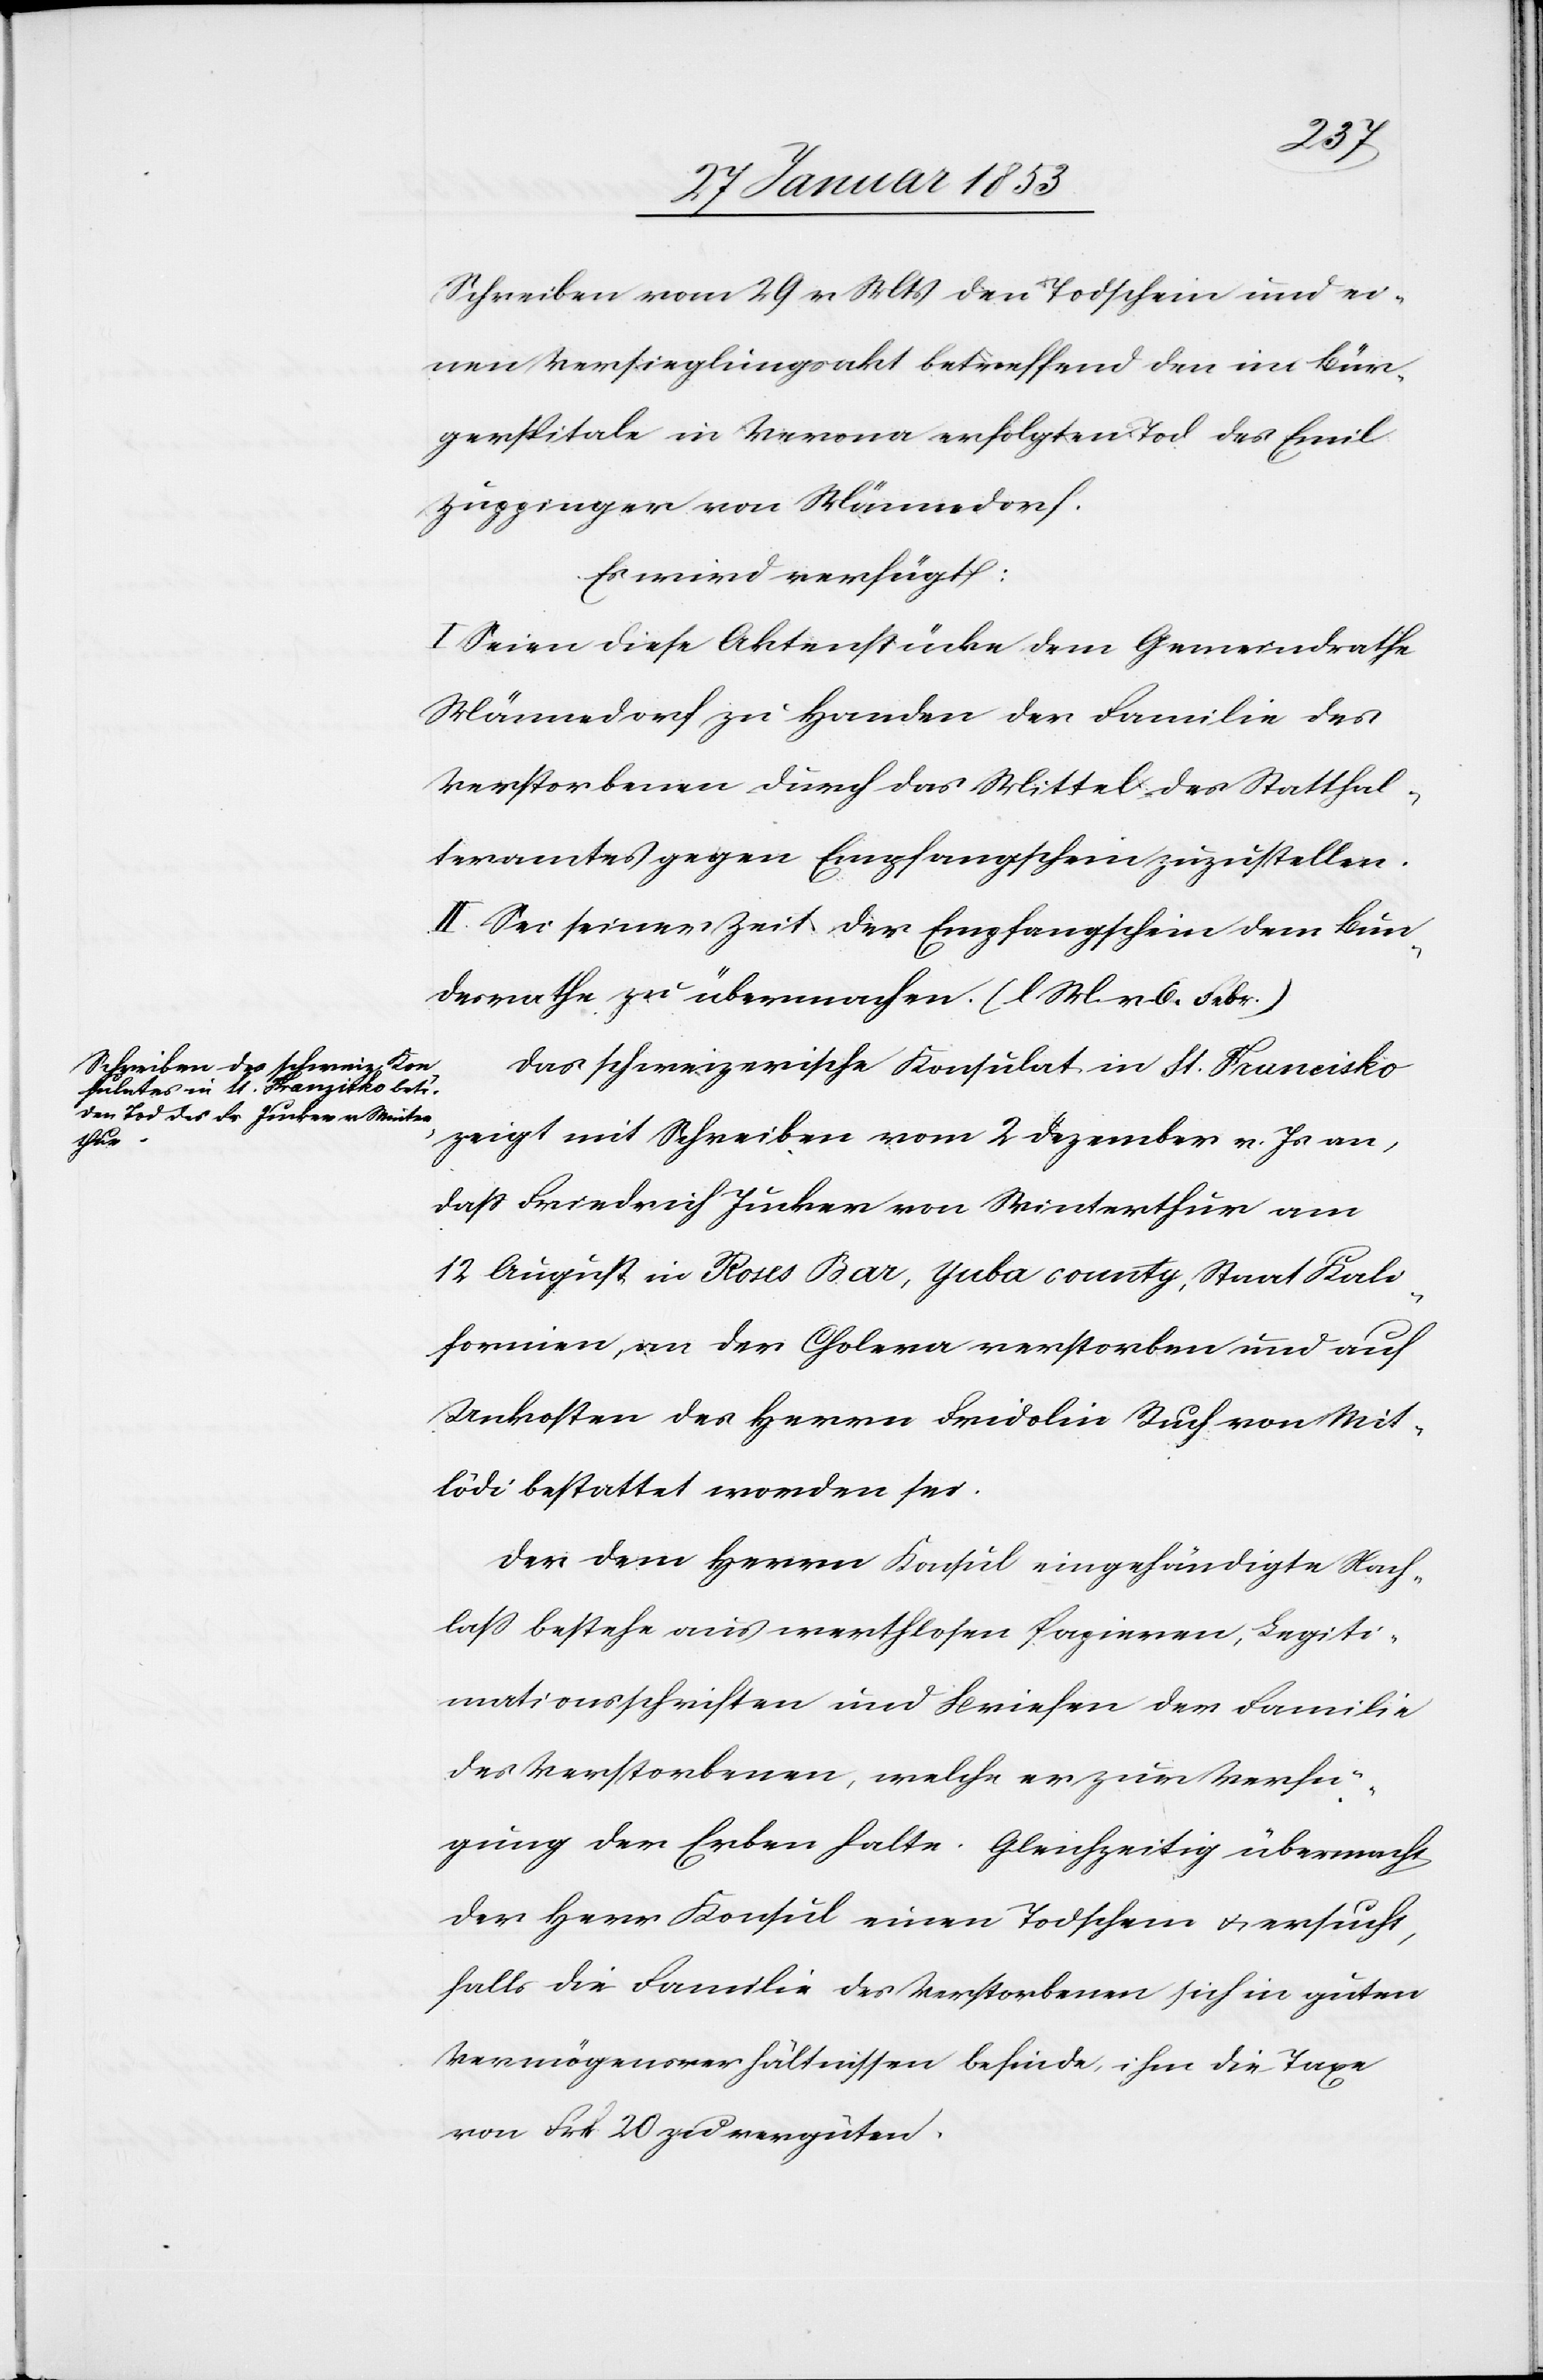
1853]

Schreiben vom 29 v. Mts. den Todschein und ei¬
nen Versieglungsakt betreffend den im Bür¬
gerspitale in Verona erfolgten Tod des Emil
Zuppinger von Männedorf.
Es wird verfügt:
I. Seien diese Aktenstücke dem Gemeindrathe
Männedorf zu Handen der Familie des
Verstorbenen durch das Mittel des Statthal¬
teramtes gegen Empfangschein zuzustellen.
II. Sei seiner Zeit der Empfangschein dem Bun¬
desrathe zu übermachen [l. M. v. 6. Febr.]
Das schweizerische Konsulat in St. Francisko
zeigt mit Schreiben vom 2 Dezember v. Js. an,
daß Friedrich Jucker von Winterthur am
12 August in Roses Bar, Yuba County, Staat Kali¬
fornien, an der Cholera verstorben und auf
Unkosten des Herrn Fridolin Ruf von Mit¬
lödi bestattet worden sei.
Der dem Herrn Konsul eingehändigte Nach¬
laß bestehe aus werthlosen Papieren, Legiti¬
mationsschriften und Briefen der Familie
des Verstorbenen, welche er zur Verfü¬
gung der Erben halte. Gleichzeitig übermacht
der Herr Konsul einen Todschein u. ersucht,
falls die Familie des Verstorbenen sich in guten
Vermögensverhältnissen befinde, ihm die Taxe
von Frk 20 zu vergüten.